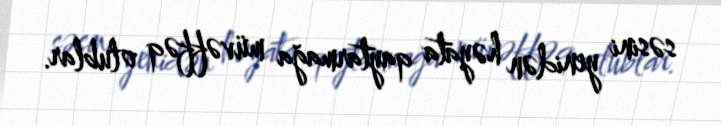
səsini yenidən həyata qaytarmağa müvəffəq olublar.